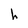
Character: h